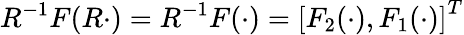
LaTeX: R^{-1}F(R\cdot)=R^{-1}F(\cdot)=\left[F_{2}(\cdot),F_{1}(\cdot)\right]^{T}